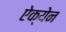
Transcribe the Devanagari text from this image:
ऐक्येन